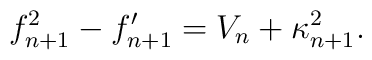
f_{n+1}^2-f_{n+1}^{\prime}=V_{n}+\kappa_{n+1}^2.